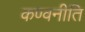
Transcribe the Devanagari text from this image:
कण्वनीति